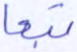
تبعا